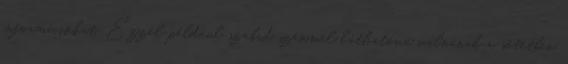
információkat. Ezzel például szabad szemmel láthatóvá válnának a sötétben